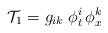
LaTeX: \begin{align*}{\cal T}_{1} = g_{ik} \; \phi^i_t \, \phi^k_x \end{align*}